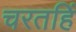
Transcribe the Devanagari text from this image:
चरतहिं